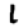
Digit: 1